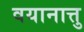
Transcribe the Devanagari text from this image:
वयानात्तु